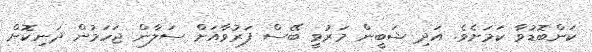
ކަންބޮޑުވާ ކަަމަށެވެ. އަދި ޝަބީން މަރުވީ ބޭސް ފަރުވާއަށް ސަލާން ޖަހަމުން ދަނިކޮށް